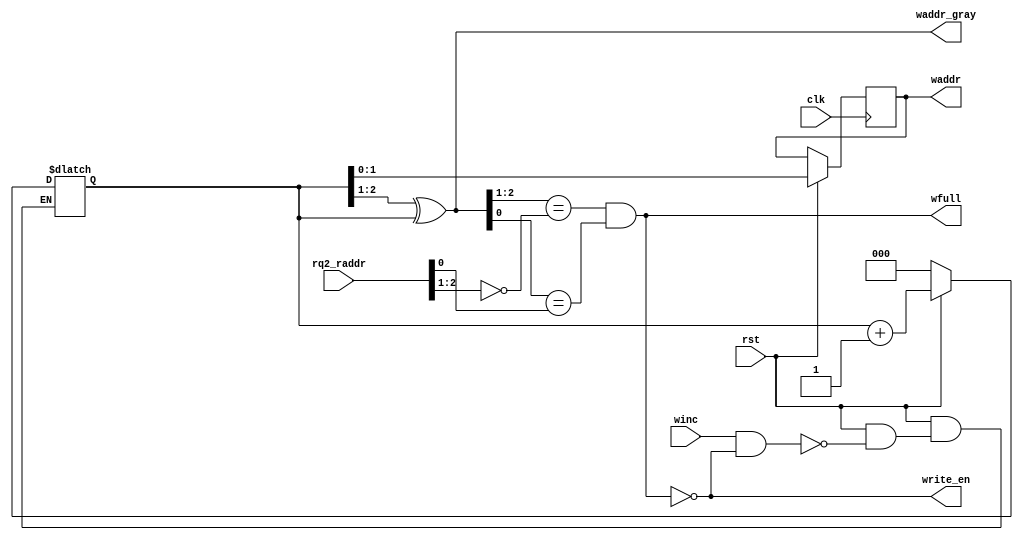
// fifo_write_logic.v

// PTR_SZ    - FIFO entry index size in bits
module fifo_write_logic #(parameter PTR_SZ = 2)
			 (input clk, rst,
			  input winc,
			  input [PTR_SZ:0] rq2_raddr,
			  output wfull, write_en,
			  output reg [(PTR_SZ-1):0] waddr,
			  output [PTR_SZ:0] waddr_gray
);
  reg [PTR_SZ:0] waddr_aux;
 
  assign waddr_gray = (waddr_aux >> 1) ^ waddr_aux;
  assign wfull = (waddr_gray[PTR_SZ:(PTR_SZ-1)] == ~rq2_raddr[PTR_SZ:(PTR_SZ-1)]) &&
                 (waddr_gray[(PTR_SZ-2):0] == rq2_raddr[(PTR_SZ-2):0]);
  assign write_en = !wfull;
  
  always @(posedge clk)
  begin
    if (rst) waddr = waddr_aux[(PTR_SZ-1):0];
  end

  always @(winc or rst)
  begin
    if (!rst)                waddr_aux = 0;
    else if (winc && !wfull) waddr_aux = waddr_aux + 1;
  end

endmodule